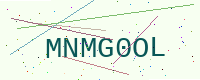
Text: MNMG0OL